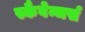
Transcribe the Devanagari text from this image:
स्कैवेन्जर्स